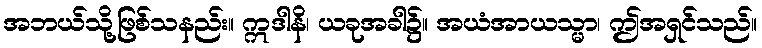
အဘယ်သို့ဖြစ်သနည်း။ ဣဒါနိ၊ ယခုအခါ၌။ အယံအာယသ္မာ၊ ဤအရှင်သည်။